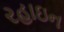
રહાઇન